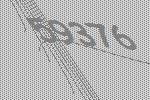
59376